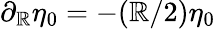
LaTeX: \partial_{\mathbb{R}}\eta_{0}=-(\mathbb{R}/2)\eta_{0}